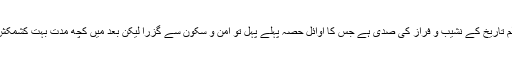
نویں صدی ہجری مسلم تاریخ کے نشیب و فراز کی صدی ہے جس کا اوائل حصہ پہلے پہل تو امن و سکون سے گزرا لیکن بعد میں کچھ مدت بہت کشمکش اور پر آشور گزری۔